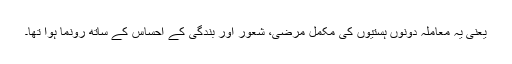
یعنی یہ معاملہ دونوں ہستیوں کی مکمل مرضی، شعور اور بندگی کے احساس کے ساتھ رونما ہوا تھا۔